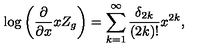
\log \left( \frac { \partial } { \partial x } x Z _ { g } \right) = \sum _ { k = 1 } ^ { \infty } \frac { \delta _ { 2 k } } { ( 2 k ) ! } x ^ { 2 k } ,